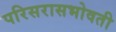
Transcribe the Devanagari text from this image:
परिसरासभोवती